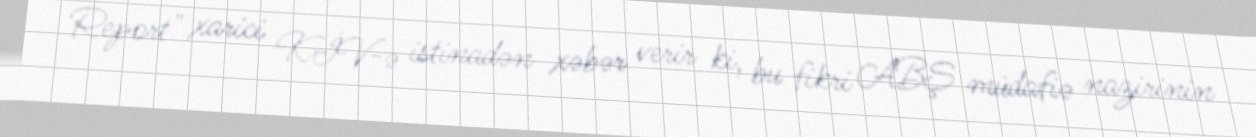
Report" xarici KİV-ə istinadən xəbər verir ki, bu fikri ABŞ müdafiə nazirinin